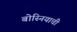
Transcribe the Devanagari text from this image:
बोस्नियाची